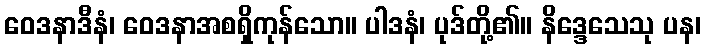
ဝေဒနာဒီနံ၊ ဝေဒနာအစရှိကုန်သော။ ပါဒနံ၊ ပုဒ်တို့၏။ နိဒ္ဒေသေသု ပန၊